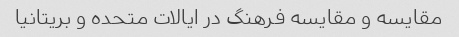
مقایسه و مقایسه فرهنگ در ایالات متحده و بریتانیا